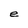
Character: e